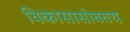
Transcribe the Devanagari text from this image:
विकासासोबतच